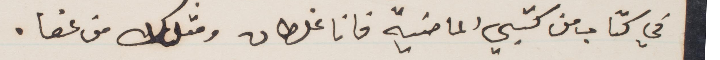
في كتاب من كتبي الماضية فانا غلطان ومثلك من عفا.